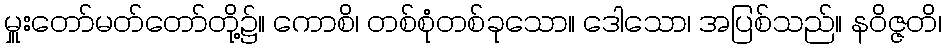
မှူးတော်မတ်တော်တို့၌။ ကောစိ၊ တစ်စုံတစ်ခုသော။ ဒေါသော၊ အပြစ်သည်။ နဝိဇ္ဇတိ၊